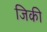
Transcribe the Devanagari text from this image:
जिकी